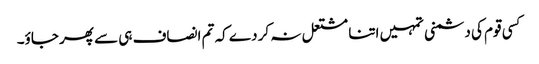
کسی قوم کی دشمنی تمہیں اتنا مشتعل نہ کر دے کہ تم انصاف ہی سے پھر جاؤ۔